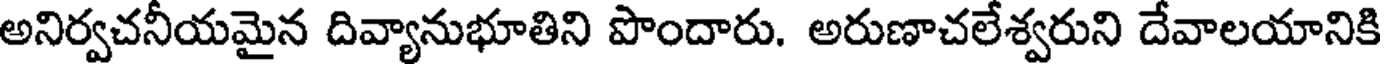
అనిర్వచనీయమైన దివ్యానుభూతిని పొందారు. అరుణాచలేశ్వరుని దేవాలయానికి